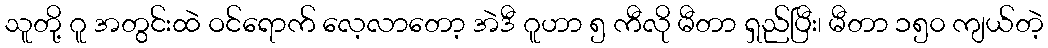
သူတို့ ဂူ အတွင်းထဲ ဝင်ရောက် လေ့လာတော့ အဲဒီ ဂူဟာ ၅ ကီလို မီတာ ရှည်ပြီး၊ မီတာ ၁၅၀ ကျယ်တဲ့